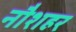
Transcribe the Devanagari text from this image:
नौशहर